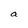
Character: a